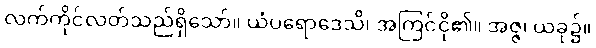
လက်ကိုင်လတ်သည်ရှိသော်။ ယံပရောဒေသိ၊ အကြင်ငို၏။ အဇ္ဇ၊ ယခု၌။